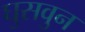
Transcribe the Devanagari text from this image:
घुसवुन